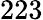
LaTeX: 223